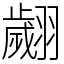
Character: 翽